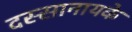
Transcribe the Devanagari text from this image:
दस्सानायके